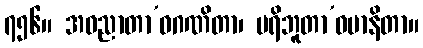
၇၅၆။ အဝညာတာ’ဝဂဏိတာ၊ ပရိဘူတာ’ဝမာနိတာ။